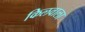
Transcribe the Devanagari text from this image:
किलवाला